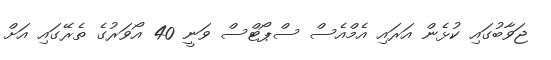
ޖަވާބުގައި ކުޅެން އަރައި އެމްއެސް ސްޕޯޓްސް ވަނީ 40 އޯވަރުގެ ތެރޭގައި އަށް